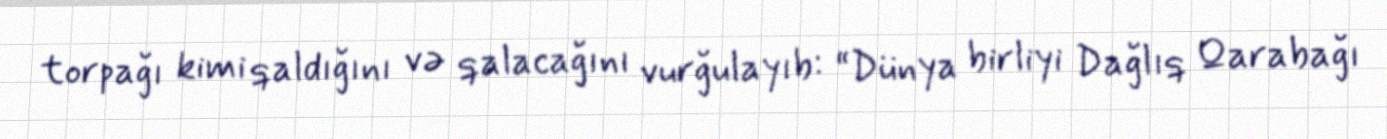
torpağı kimi qaldığını və qalacağını vurğulayıb: “Dünya birliyi Dağlıq Qarabağı